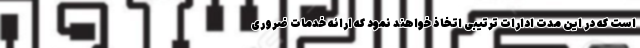
است که در این مدت ادارات ترتیبی اتخاذ خواهند نمود که ارائه خدمات ضروری